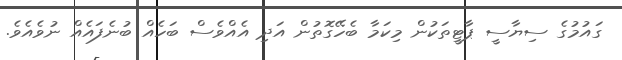
ގައުމުގެ ސިޔާސީ ޕާޓީތަކުން މިކަމާ ބެހޭގޮތުން އަދި އެއްވެސް ބަހެއް ބުނެފައެއް ނުވެއެވެ.